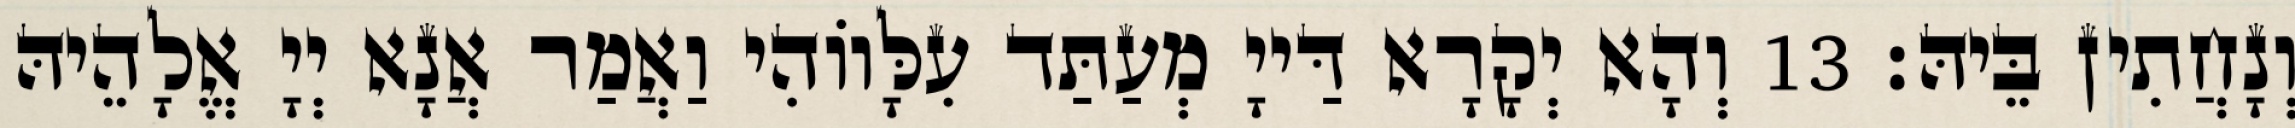
וְנָחֲתִין בֵּיהּ׃ 13 וְהָא יְקָרָא דַּייָ מְעַתַּד עִלָּווֹהִי וַאֲמַר אֲנָא יְיָ אֱלָהֵיהּ